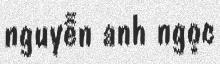
nguyễn anh ngọc